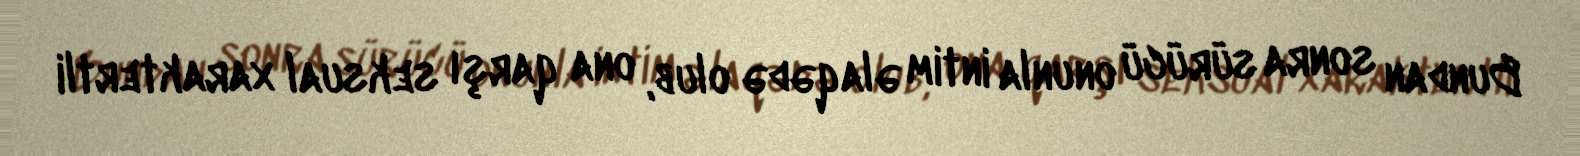
Bundan sonra sürücü onunla intim əlaqədə olub, ona qarşı seksual xaraktertli